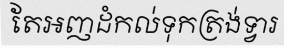
តែអញដំកល់ទុកត្រង់ទ្វារ